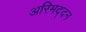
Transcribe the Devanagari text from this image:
अरिमद्दन